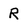
Character: R